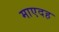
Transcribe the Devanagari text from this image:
माएदह